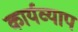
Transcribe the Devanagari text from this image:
कार्यव्याप